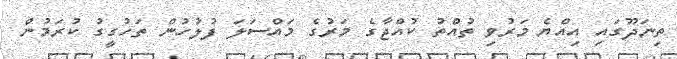
ތިނަދޫގައި އިއްޔެ މަރުވި ތުއްތު ކުއްޖާގެ މަރުގެ މައްސަލަ ފުލުހުން ތަހުގީގު ކުރަމުން